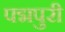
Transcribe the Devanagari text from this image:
पद्मपुरी